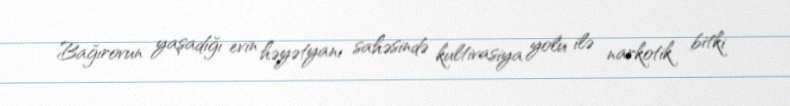
Bağırovun yaşadığı evin həyətyanı sahəsində kultivasiya yolu ilə narkotik bitki